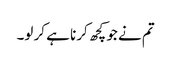
تم نے جو کچھ کرنا ہے کر لو۔